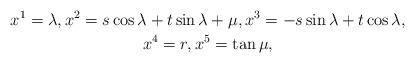
LaTeX: \begin{gather*}x^1 = \lambda, x^2 = s \cos \lambda + t \sin \lambda + \mu, x^3 = -s \sin \lambda + t \cos \lambda, \\x^4 = r, x^5 = \tan \mu ,\end{gather*}